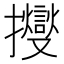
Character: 𢹒